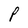
Character: P